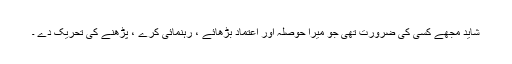
شاید مجھے کسی کی ضرورت تھی جو میرا حوصلہ اور اعتماد بڑھائے ، رہنمائی کرے ، پڑھنے کی تحریک دے ۔